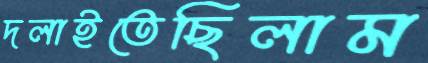
দলাইতেছিলাম